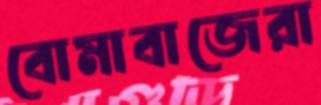
বোমাবাজেরা